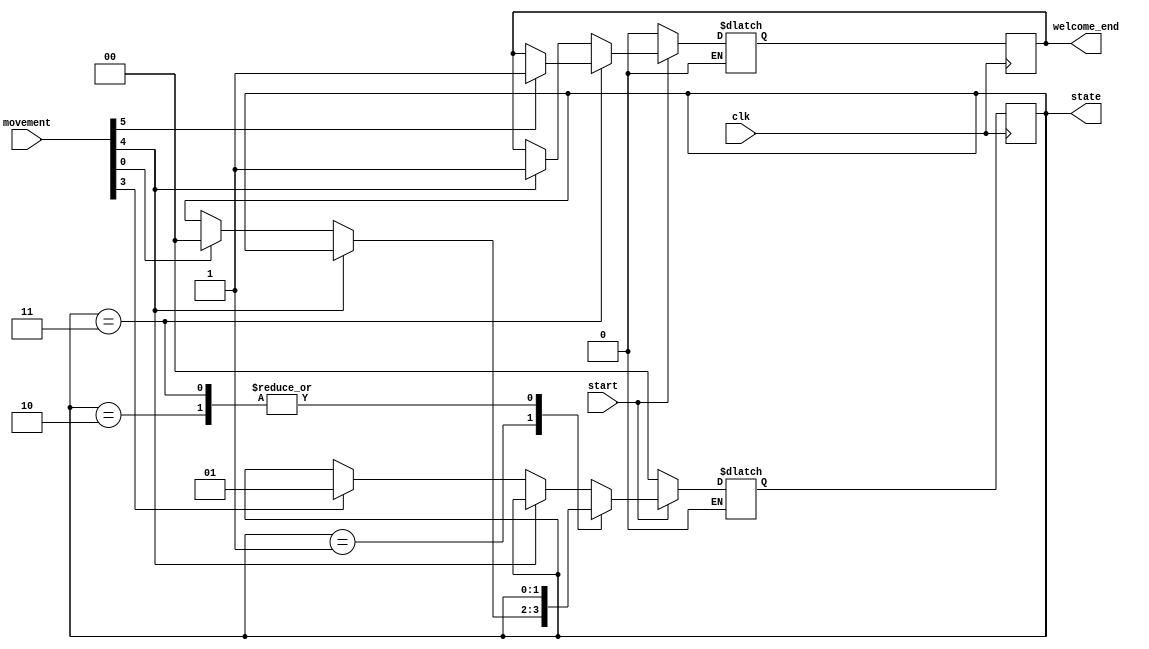
`timescale 1ns / 1ps
//
module WelStateControl(
	 input wire clk,
	 input wire start,
	 input wire [5:0] movement,
    output reg [1:0] state,
	 output reg welcome_end
    );
	
	localparam Welcome_choice1 = 2'b00,
              Welcome_choice2 = 2'b01,
              Acknowledge1   =   2'b10,
				  Acknowledge2   =   2'b11;
				  
	reg is_end;
	reg [1:0] next_state;
	
	 
	
	
	initial begin
	next_state <= 2'b00;
	is_end <= 0;
	end
	
	always @ (posedge clk) begin
        state <= next_state;
		  welcome_end <= is_end;
   end
	
	always@ (*) begin
		if(start == 1)begin 
			  next_state = state;
			  is_end  = welcome_end;
			  case (state)
					Welcome_choice1: 
					begin
						 if (movement[4]) is_end = 1;
						 else if(movement[3]) next_state = Welcome_choice2; 
					end
					Welcome_choice2:
					begin
						 if (movement[4]) is_end = 1;//next_state = Acknowledge;
						 else if (movement[0]) next_state = Welcome_choice1;
					end
					Acknowledge1: 
					begin
						 if (movement[4]) is_end = 1;
					end
					Acknowledge2: 
					begin
						 if (movement[5]) is_end = 1;
					end
			  endcase
		 end
		 if(start != 1)begin
		 next_state =2'b00;
		 is_end=0;
		 end
    end
	 
endmodule